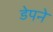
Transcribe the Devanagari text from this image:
डेपने